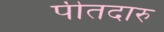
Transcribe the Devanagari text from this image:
पीतदारु